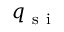
q _ { \mathrm { ~ s ~ i ~ } }